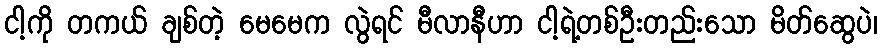
ငါ့ကို တကယ် ချစ်တဲ့ မေမေက လွဲရင် မီလာနီဟာ ငါ့ရဲ့တစ်ဦးတည်းသော မိတ်ဆွေပဲ၊